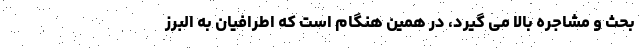
بحث و مشاجره بالا می گیرد، در همین هنگام است که اطرافیان به البرز